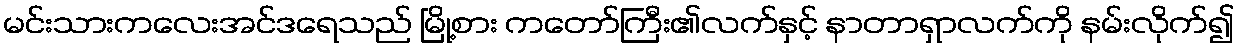
မင်းသားကလေးအင်ဒရေသည် မြို့စား ကတော်ကြီး၏လက်နှင့် နာတာရှာလက်ကို နမ်းလိုက်၍